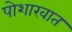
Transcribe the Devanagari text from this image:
पोशाखात